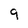
Character: q